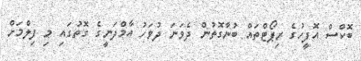
ބޮކްސް އޮފީހުގެ ރިޕޯޓްތައް ބުނާގޮތުން ދެވަނަ ދުވަހު އާމްދަނީގެ ގޮތުގައި މި ފިލްމަށް